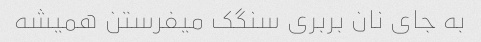
به جای نان بربری سنگک میفرستن همیشه